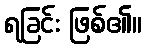
ရခြင်း ဖြစ်၏။